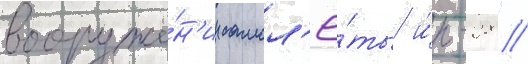
вооруже́н'ии самол'ё́ты и́л-28 //